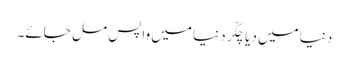
دنیا میں دیا چکّر دنیا میں واپس مل جائے۔